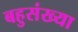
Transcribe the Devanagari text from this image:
बहुसंख्‍या